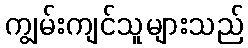
ကျွမ်းကျင်သူများသည်